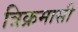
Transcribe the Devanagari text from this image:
त्रिक्रमासी